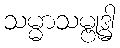
သမ္မာသမ္ဗုဒ္ဓါ